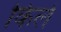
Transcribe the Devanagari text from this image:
किलें